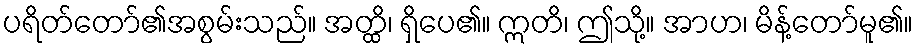
ပရိတ်တော်၏အစွမ်းသည်။ အတ္ထိ၊ ရှိပေ၏။ ဣတိ၊ ဤသို့။ အာဟ၊ မိန့်တော်မူ၏။